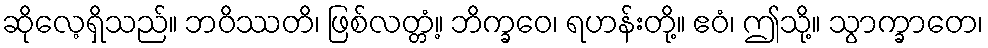
ဆိုလေ့ရှိသည်။ ဘဝိဿတိ၊ ဖြစ်လတ္တံ့။ ဘိက္ခဝေ၊ ရဟန်းတို့။ ဧဝံ၊ ဤသို့။ သွာက္ခာတေ၊